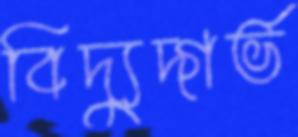
বিদ্যুদ্গর্ভ